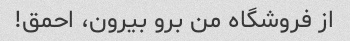
از فروشگاه من برو بیرون، احمق!